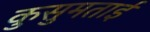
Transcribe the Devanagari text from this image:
कुसुमताई